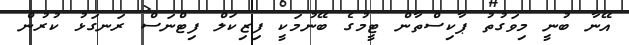
އޭނާ ބުނީ މިވަގުތު ޕާކިސްތާން ޓީމުގެ ބޭނުމަކީ ފިޒިކަލް ފިޓްނަސް ރަނގަޅު ކުރުން